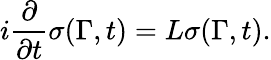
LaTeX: i{\frac{\partial}{\partial t}}\sigma(\Gamma,t)=L\sigma(\Gamma,t).